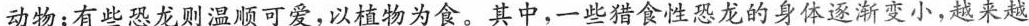
动物；有些恐龙则温顺可爱，以植物为食。其中，一些猎食性恐龙的身体逐渐变小，越来越